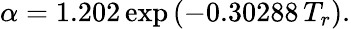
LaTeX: \alpha=1.202\exp\left(-0.30288\, T_{r}\right).